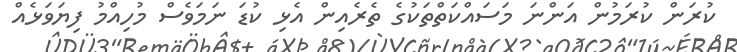
ކުރަން ކުރަމުން އަންނަ މަސައްކަތްތަކުގެ ތެރެއިން އެޅި ކުޑަ ނަމަވެސް މުހިއްމު ފިޔަވަޅެއް